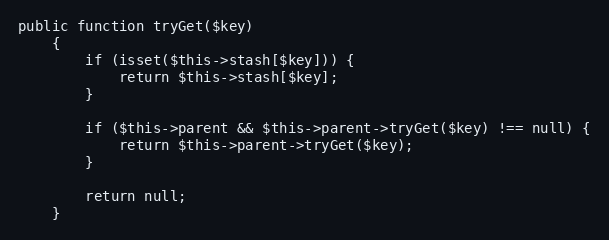
Language: PHP
public function tryGet($key)
    {
        if (isset($this->stash[$key])) {
            return $this->stash[$key];
        }

        if ($this->parent && $this->parent->tryGet($key) !== null) {
            return $this->parent->tryGet($key);
        }

        return null;
    }